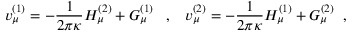
v _ { \mu } ^ { ( 1 ) } = - \frac { 1 } { 2 \pi \kappa } H _ { \mu } ^ { ( 2 ) } + G _ { \mu } ^ { ( 1 ) } \; \; \; , \; \; \; v _ { \mu } ^ { ( 2 ) } = - \frac { 1 } { 2 \pi \kappa } H _ { \mu } ^ { ( 1 ) } + G _ { \mu } ^ { ( 2 ) } \; \; ,